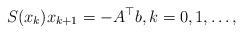
LaTeX: \begin{align*}S(x_k)x_{k+1}= -A^\top b, k=0, 1, \ldots , \end{align*}